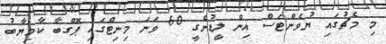
މި މެޗުގައި ޔުވެންޓަސް އިން ލީޑުނެގީ 60 ވަނަ މިނިޓްގައި ޕޮގްބާ ކާމިޔާބު